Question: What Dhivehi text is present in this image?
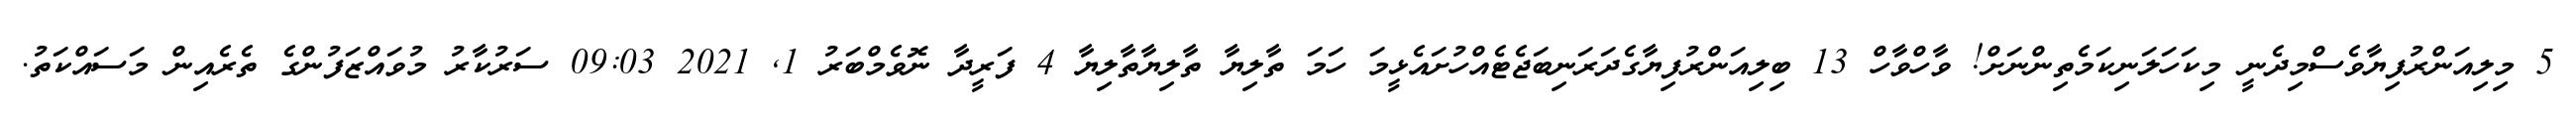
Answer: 5 މިލިއަންރުފިޔާވެސްމިދެނީ މިކަހަލަނިކަމެތިންނަށް! ވާހްވާހް 13 ބިލިއަންރުފިޔާގެދަރަނިބަޖެޓެއްހުށައެޅީމަ ހަމަ ތާލިޔާ ތާލިޔާތާލިޔާ 4 ފަރީދާ ނޮވެމްބަރު 1, 2021 09:03 ސަރުކާރު މުވައްޒަފުންގެ ތެރެއިން މަސައްކަތު.